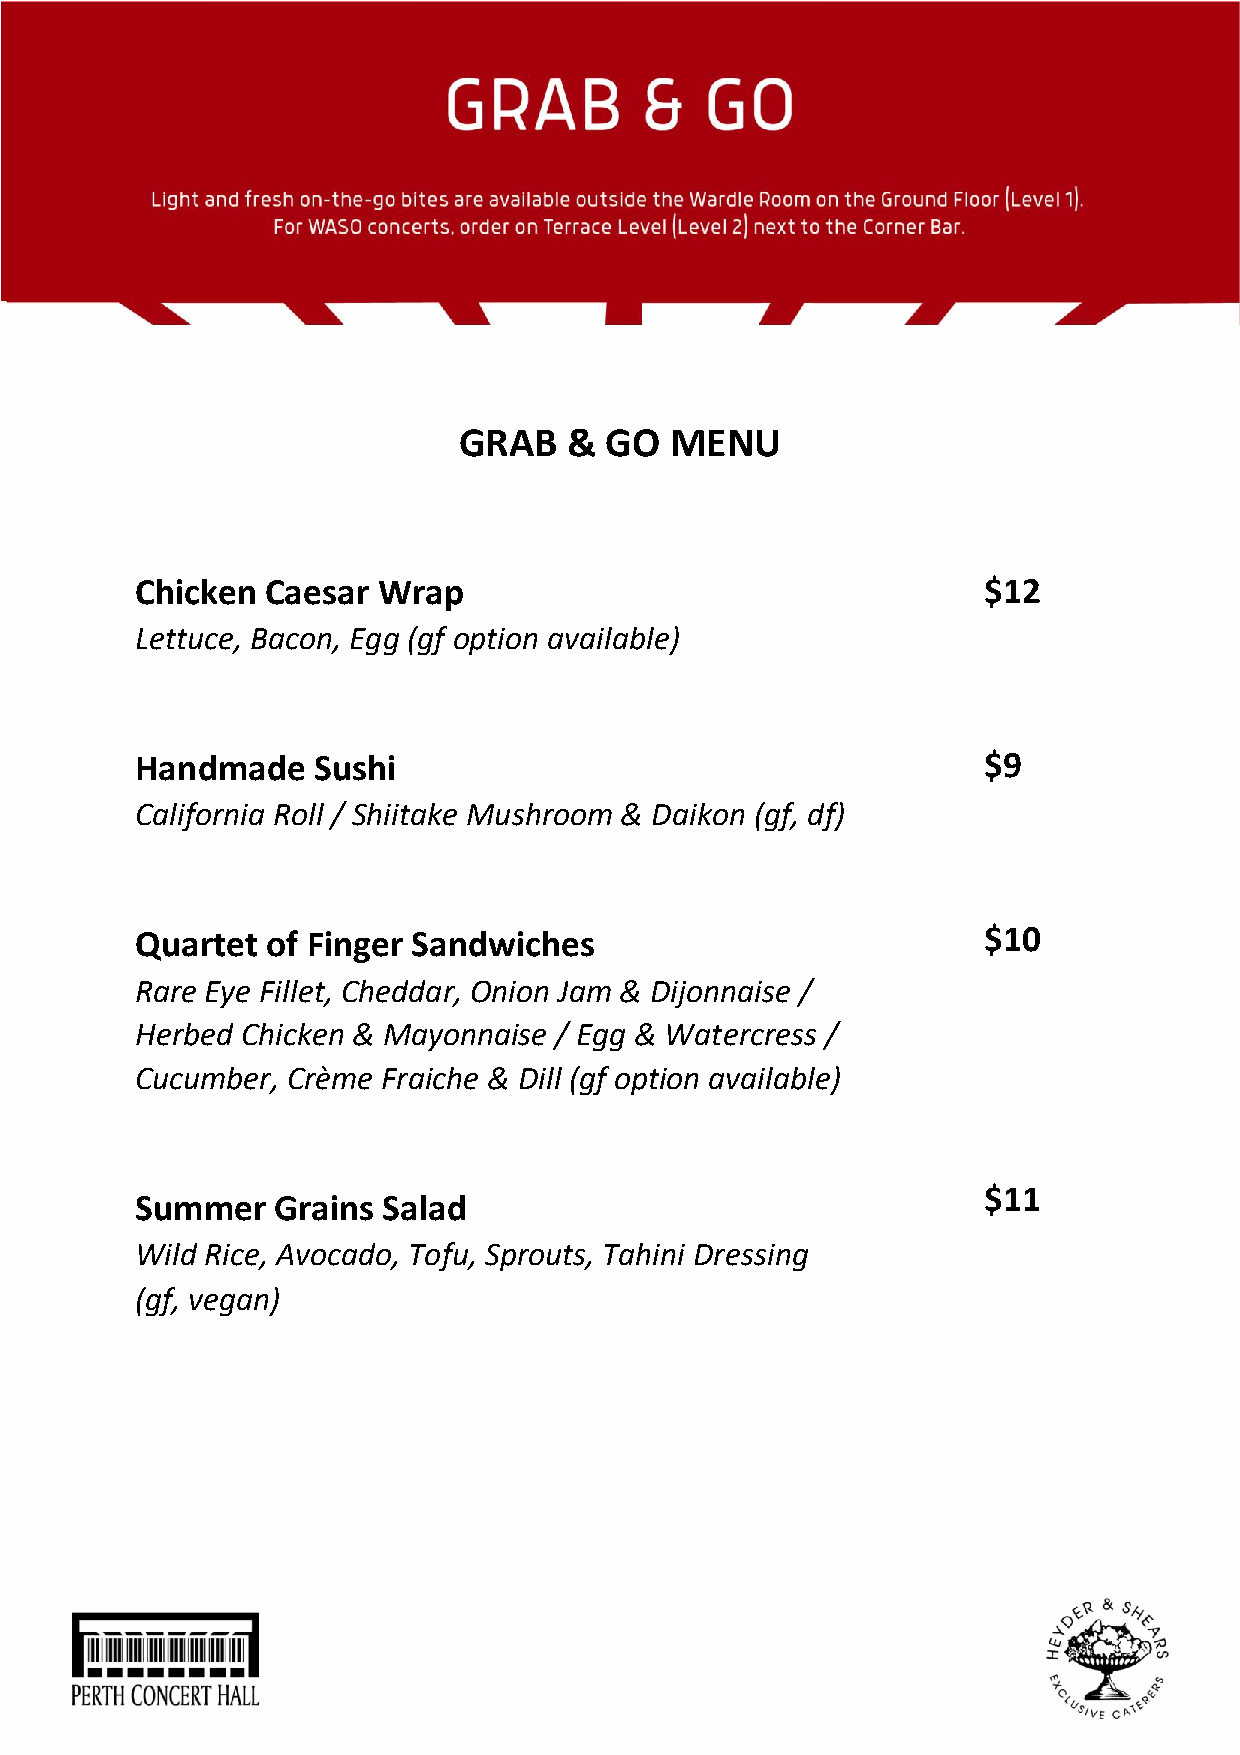
GRAB    & GO  MENU
 Chicken  Caesar Wrap                                    $12
 Lettuce, Bacon, Egg (gf option available)
 Handmade    Sushi                                       $9
 California Roll / Shiitake Mushroom & Daikon (gf, df)
 Quartet  of Finger Sandwiches                           $10
 Rare Eye Fillet, Cheddar, Onion Jam & Dijonnaise /
 Herbed Chicken & Mayonnaise / Egg & Watercress /
 Cucumber, Crème Fraiche & Dill (gf option available)
 $11
 Summer   Grains Salad
 Wild Rice, Avocado, Tofu, Sprouts, Tahini Dressing
 (gf, vegan)